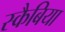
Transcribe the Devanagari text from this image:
स्कैबिया